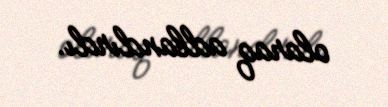
olaraq adlandırdı.